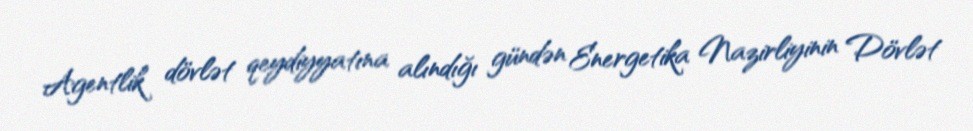
Agentlik dövlət qeydiyyatına alındığı gündən Energetika Nazirliyinin Dövlət